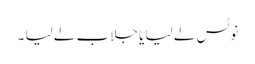
نوٹس لے لیا یا جلاب لے لیا ۔